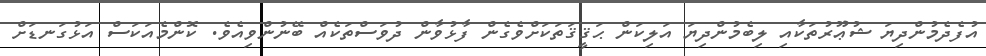
އުފެދެމުންދިޔަ ޝުޢޫރުތަކާއި ލިބެމުންދިޔަ އަލިކަން ޙަޤީޤަތަކަށްވެގެން ފާޅުވާން ދުވަސްތަކެއް ބޭނުންވިއެވެ. ކޮންމެއަކަސް އަޅުގަނޑަށް